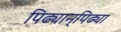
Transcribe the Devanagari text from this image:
पिढ्यान्‌पिढ्या